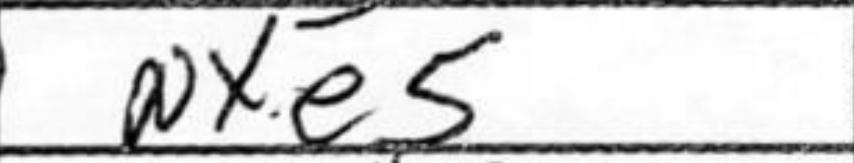
Transcription: Nxe5